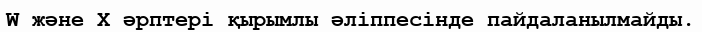
W және X әрптері қырымлы әліппесінде пайдаланылмайды.